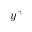
y ^ { + }